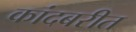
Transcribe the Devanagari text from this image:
कांदबरीत